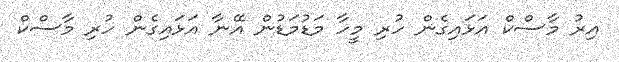
އިރު މާސްކް އަޅައިގެން ހުރި މީހާ މަޑުމަޑުން އޭނާ އަޅައިގެން ހުރި މާސްކް